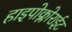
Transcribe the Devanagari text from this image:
हाइपोक्लोराईट